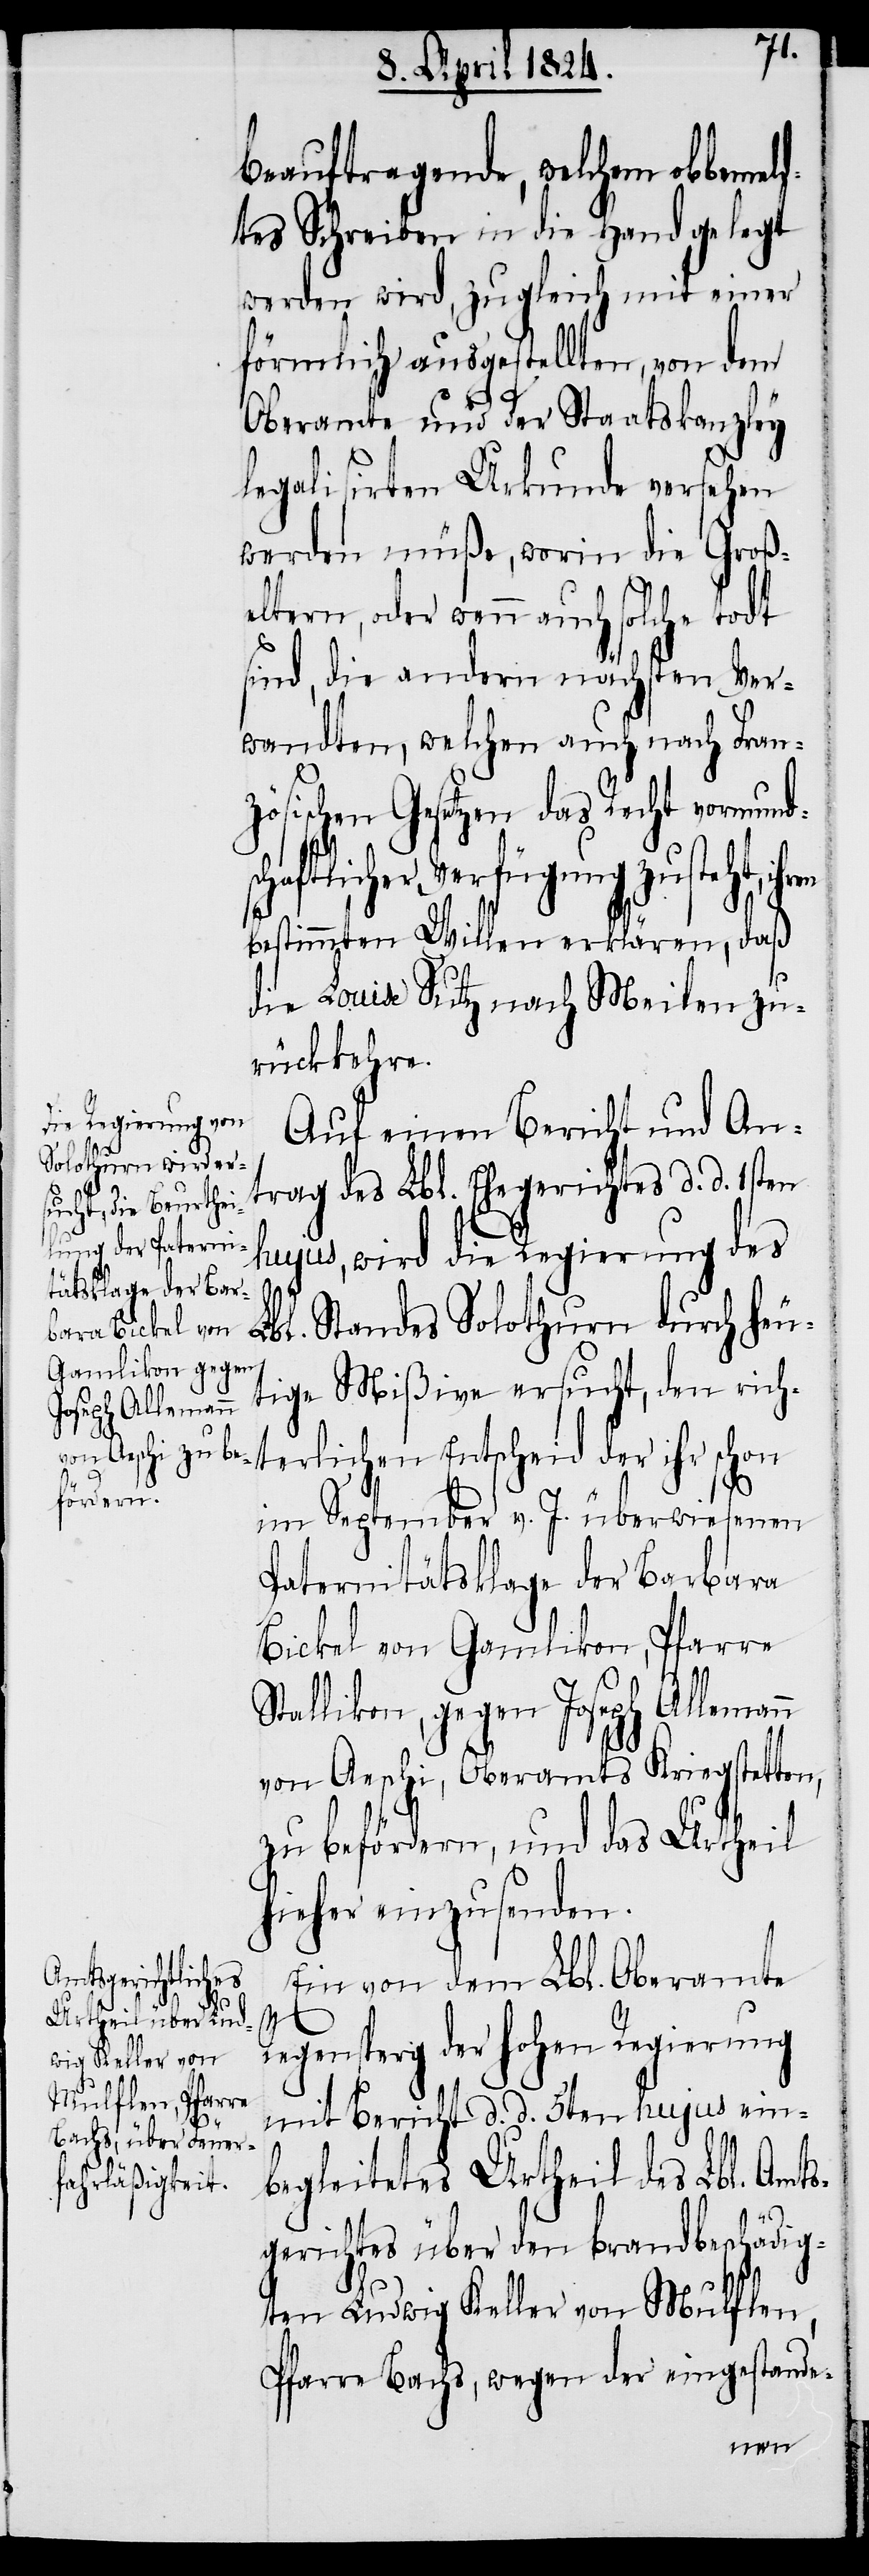
beauftragende, welchem obbeme¬
tes Schreiben in die Hand gelegt
werden wird, zugleich mit einer
förmlich ausgestellten, von dem
Oberamte und der Staatskanzley
legalisirten Urkunde versehen
werden müße, worin die Groß¬
eltern, oder wenn auch solche todt
sind, die andern nächsten Ver¬
wandten, welchen auch nach Fran¬
zösischen Gesetzen das Recht vormund¬
Solothurn ersucht, den rich¬
bestimmten Willen erklären, daß
die Louise Sutz nach Meilen zu¬
rückkehre.
Auf einen Bericht und An¬
trag des Lbl. Ehegerichtes d. d. 1sten
hujus, wird die Regierung des
terlichen Entscheid der ihr schon
sc¬
im September v. J. überwiesenen
Paternitätsklage der Barbara
Bickel von Gamlikon, Pfarre
Stallikon, gegen Joseph Allemann
von Aeschi, Oberamts Kriegstetten,
zu befördern, und das Urtheil
hieher einzusenden.
Ein von dem Lbl. Oberamte
Regensperg der hohen Regierung
mit Bericht d. d. 5ten hujus ein¬
begleitetes Urtheil des Lbl. Amt¬
sgerichtes über den brandbeschädig¬
ten Ludwig Keller von Mulflen,
Pfarre Bachs, wegen der eingestande-